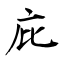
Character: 庇